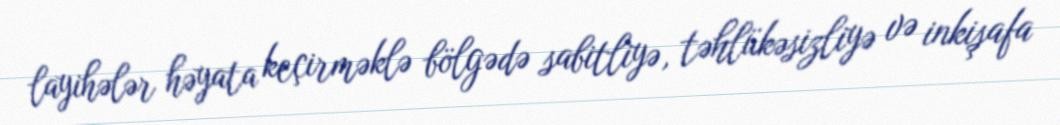
layihələr həyata keçirməklə bölgədə sabitliyə, təhlükəsizliyə və inkişafa